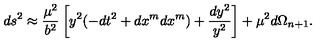
d s ^ { 2 } \approx { \frac { \mu ^ { 2 } } { b ^ { 2 } } } \left[ y ^ { 2 } ( - d t ^ { 2 } + d x ^ { m } d x ^ { m } ) + { \frac { d y ^ { 2 } } { y ^ { 2 } } } \right] + \mu ^ { 2 } d \Omega _ { n + 1 } .